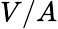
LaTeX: V/A